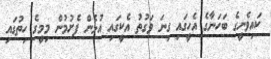
ކައިވެނީގެ ބަހަނާގެ އެހީގައި ގިނަ ވަގުތު އެކީގައި އުޅެން ފެށުމުން މިމީގެ ހިތުގައި